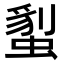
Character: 𧏇